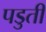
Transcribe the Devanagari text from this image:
पडुती